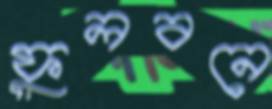
ফুলবনে